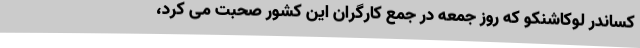
کساندر لوکاشنکو که روز جمعه در جمع کارگران این کشور صحبت می کرد،